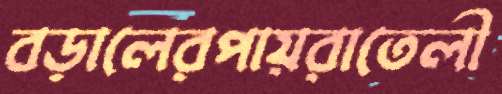
বড়ালেরপায়রাতেলী